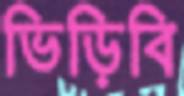
ভিড়িবি